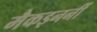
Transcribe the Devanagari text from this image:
मैकइनर्नी